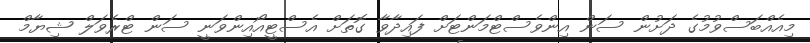
މިއެއްބަސްވުމުގެ ދަށުން ސަން އިންވެސްޓްމަންޓަށް ފައިދާވާ ގޮތަށް އެސްޓީއޯއިންވަނީ ސަން ޓްރެވަލް ޝިޔާމް